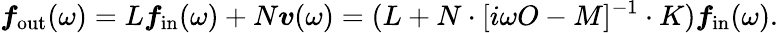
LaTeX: \boldsymbol{f}_{\mathrm{out}}(\omega)=L\boldsymbol{f}_{\mathrm{in}}(\omega)+N\boldsymbol{v}(\omega)=(L+N\cdot[i\omega O-M]^{-1}\cdot K)\boldsymbol{f}_{\mathrm{in}}(\omega).